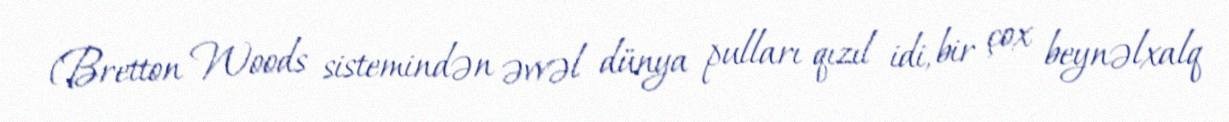
(Bretton Woods sistemindən əvvəl dünya pulları qızıl idi, bir çox beynəlxalq